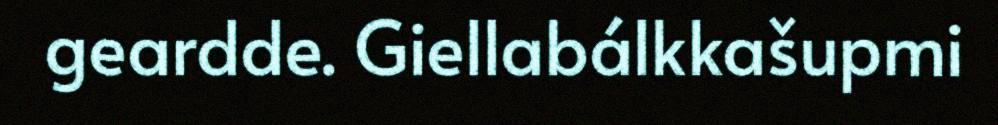
geardde. Giellabálkkašupmi